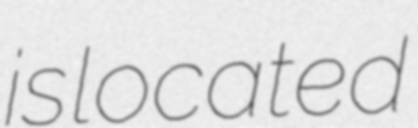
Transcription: is located